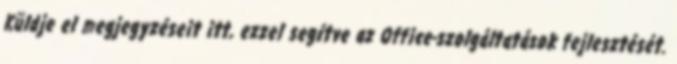
Küldje el megjegyzéseit itt, ezzel segítve az Office-szolgáltatások fejlesztését.